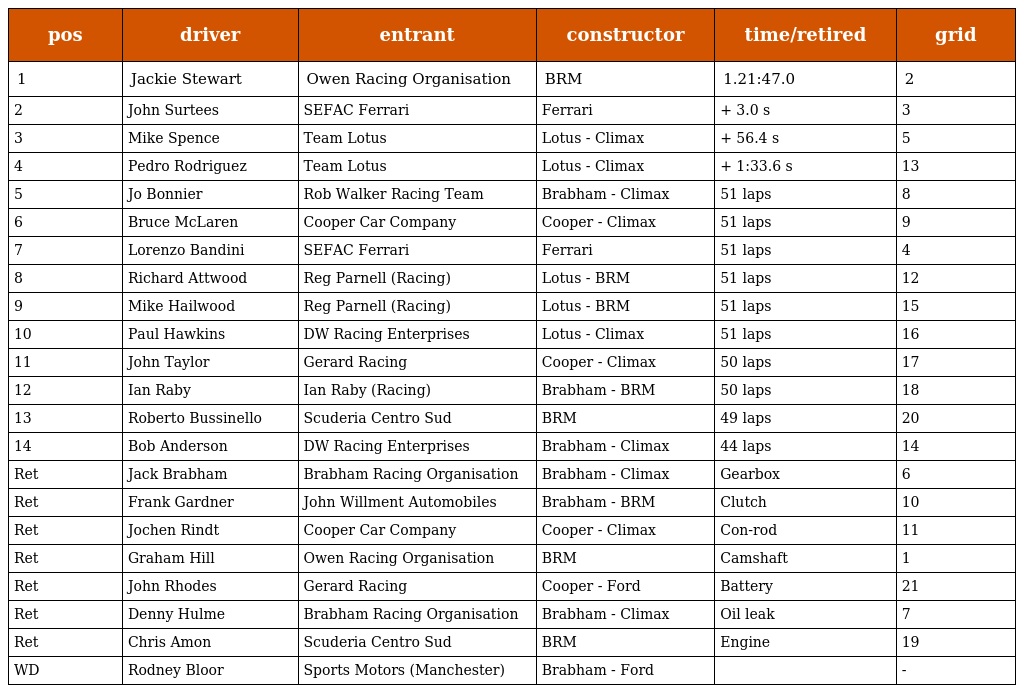
| pos | driver | entrant | constructor | time/retired | grid |
 | --- | --- | --- | --- | --- | --- |
 | 1 | Jackie Stewart | Owen Racing Organisation | BRM | 1.21:47.0 | 2 |
 | 2 | John Surtees | SEFAC Ferrari | Ferrari | + 3.0 s | 3 |
 | 3 | Mike Spence | Team Lotus | Lotus - Climax | + 56.4 s | 5 |
 | 4 | Pedro Rodriguez | Team Lotus | Lotus - Climax | + 1:33.6 s | 13 |
 | 5 | Jo Bonnier | Rob Walker Racing Team | Brabham - Climax | 51 laps | 8 |
 | 6 | Bruce McLaren | Cooper Car Company | Cooper - Climax | 51 laps | 9 |
 | 7 | Lorenzo Bandini | SEFAC Ferrari | Ferrari | 51 laps | 4 |
 | 8 | Richard Attwood | Reg Parnell (Racing) | Lotus - BRM | 51 laps | 12 |
 | 9 | Mike Hailwood | Reg Parnell (Racing) | Lotus - BRM | 51 laps | 15 |
 | 10 | Paul Hawkins | DW Racing Enterprises | Lotus - Climax | 51 laps | 16 |
 | 11 | John Taylor | Gerard Racing | Cooper - Climax | 50 laps | 17 |
 | 12 | Ian Raby | Ian Raby (Racing) | Brabham - BRM | 50 laps | 18 |
 | 13 | Roberto Bussinello | Scuderia Centro Sud | BRM | 49 laps | 20 |
 | 14 | Bob Anderson | DW Racing Enterprises | Brabham - Climax | 44 laps | 14 |
 | Ret | Jack Brabham | Brabham Racing Organisation | Brabham - Climax | Gearbox | 6 |
 | Ret | Frank Gardner | John Willment Automobiles | Brabham - BRM | Clutch | 10 |
 | Ret | Jochen Rindt | Cooper Car Company | Cooper - Climax | Con-rod | 11 |
 | Ret | Graham Hill | Owen Racing Organisation | BRM | Camshaft | 1 |
 | Ret | John Rhodes | Gerard Racing | Cooper - Ford | Battery | 21 |
 | Ret | Denny Hulme | Brabham Racing Organisation | Brabham - Climax | Oil leak | 7 |
 | Ret | Chris Amon | Scuderia Centro Sud | BRM | Engine | 19 |
 | WD | Rodney Bloor | Sports Motors (Manchester) | Brabham - Ford |  | - |